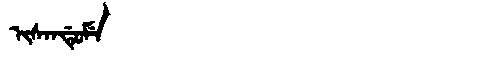
Manchu: ᡳᠰᠠᠨᡩᡠᠮᡝ
Romanization: ISANDUME